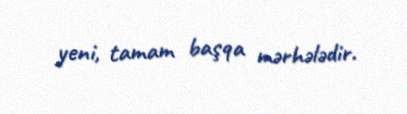
yeni, tamam başqa mərhələdir.